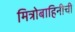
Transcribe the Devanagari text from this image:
मित्रोबाहिनीची